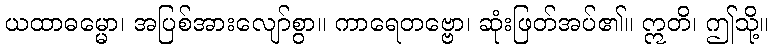
ယထာဓမ္မော၊ အပြစ်အားလျော်စွာ။ ကာရေတဗ္ဗော၊ ဆုံးဖြတ်အပ်၏။ ဣတိ၊ ဤသို့။